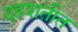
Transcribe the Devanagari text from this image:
दहशतीत